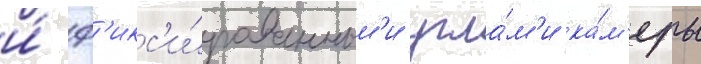
и́ ф'икс'и́рованным'и угла́м'и ка́м'еры